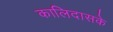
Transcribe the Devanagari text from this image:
कालिदासके